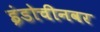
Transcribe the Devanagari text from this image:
इंडोचीनवर